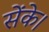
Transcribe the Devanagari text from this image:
सेंके।